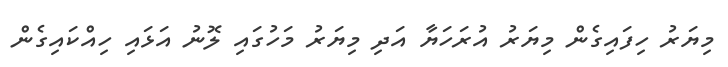
މިޔަރު ހިފައިގެން މިޔަރު އުރަހަޔާ އަދި މިޔަރު މަހުގައި ލޮނު އަޅައި ހިއްކައިގެން